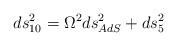
LaTeX: \begin{align*}ds^2_{10}=\Omega^2 ds^2_{AdS} + ds^2_5\end{align*}